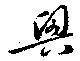
興